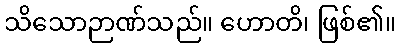
သိသောဉာဏ်သည်။ ဟောတိ၊ ဖြစ်၏။